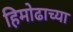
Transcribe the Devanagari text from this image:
हिमोढाच्या